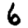
Digit: 6